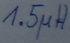
Text: 1.5µF